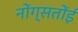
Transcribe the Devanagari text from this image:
नोंग्सतोंई